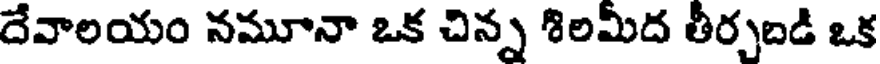
దేవాలయం నమూనా ఒక చిన్న శిలమీద తీర్పబడి ఒక